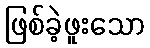
ဖြစ်ခဲ့ဖူးသော